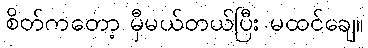
စိတ်ကတော့ မှီမယ်တယ်ပြီး မထင်ချေ။